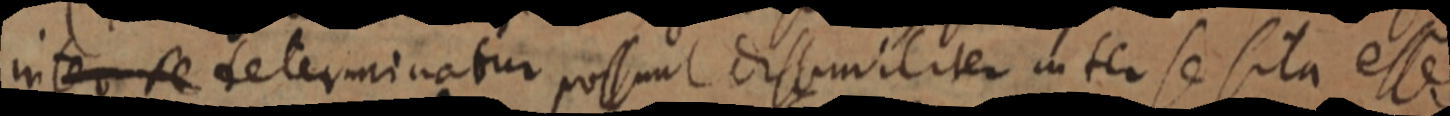
inter se determinatur possunt dissimiliter inter se sita esse